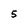
Character: 5